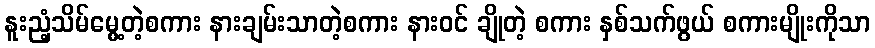
နူးညံ့သိမ်မွေ့တဲ့စကား နားချမ်းသာတဲ့စကား နားဝင် ချိုတဲ့ စကား နှစ်သက်ဖွယ် စကားမျိုးကိုသာ